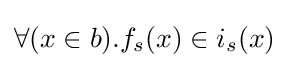
\forall (x\in b).f_{s}(x)\in i_{s}(x)